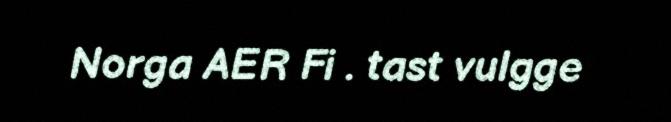
Norga AER Fi . tast vulgge